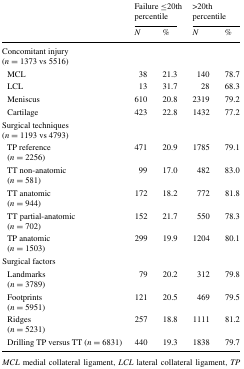
|  | <COLSPAN=2> Failure ≤20th percentile | <COLSPAN=2> >20th percentile |
 |  | N | % | N | % |
 | --- | --- | --- | --- | --- |
 | <COLSPAN=5> Concomitant injury(n = 1373 vs 5516) |
 | MCL | 38 | 21.3 | 140 | 78.7 |
 | LCL | 13 | 31.7 | 28 | 68.3 |
 | Meniscus | 610 | 20.8 | 2319 | 79.2 |
 | Cartilage | 423 | 22.8 | 1432 | 77.2 |
 | <COLSPAN=5> Surgical techniques(n = 1193 vs 4793) |
 | TP reference (n = 2256) | 471 | 20.9 | 1785 | 79.1 |
 | TT non-anatomic (n = 581) | 99 | 17.0 | 482 | 83.0 |
 | TT anatomic (n = 944) | 172 | 18.2 | 772 | 81.8 |
 | TT partial-anatomic (n = 702) | 152 | 21.7 | 550 | 78.3 |
 | TP anatomic (n = 1503) | 299 | 19.9 | 1204 | 80.1 |
 | <COLSPAN=5> Surgical factors |
 | Landmarks (n = 3789) | 79 | 20.2 | 312 | 79.8 |
 | Footprints (n = 5951) | 121 | 20.5 | 469 | 79.5 |
 | Ridges (n = 5231) | 257 | 18.8 | 1111 | 81.2 |
 | Drilling TP versus TT (n = 6831) | 440 | 19.3 | 1838 | 79.7 |